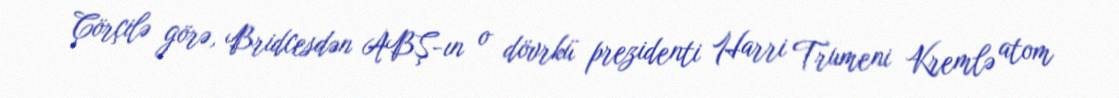
Çörçilə görə, Bridcesdən ABŞ-ın o dövrkü prezidenti Harri Trumeni Kremlə atom